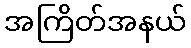
အကြိတ်အနယ်